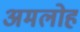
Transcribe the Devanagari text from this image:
अमलोह